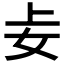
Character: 𪥤